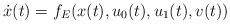
LaTeX: \begin{align*}\dot{x}(t)={{f}_{E}}(x(t),{{u}_{0}}(t),{{u}_{1}}(t),v(t))\end{align*}